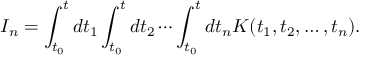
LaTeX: I _ { n } = \int _ { t _ { 0 } } ^ { t } d t _ { 1 } \int _ { t _ { 0 } } ^ { t } d t _ { 2 } \cdots \int _ { t _ { 0 } } ^ { t } d t _ { n } K ( t _ { 1 } , t _ { 2 } , \dots , t _ { n } ) .